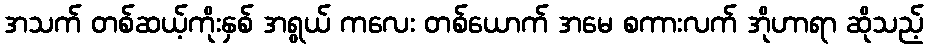
အသက် တစ်ဆယ့်ကိုးနှစ် အရွယ် ကလေး တစ်ယောက် အမေ စကားလက် အိုဟာရာ ဆိုသည့်